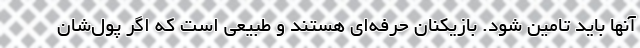
آنها باید تامین شود. بازیکنان حرفه‌ای هستند و طبیعی است که اگر پول‌شان